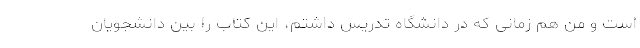
است و من هم زمانی که در دانشگاه تدریس داشتم، این کتاب را بین دانشجویان